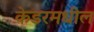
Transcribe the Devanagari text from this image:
केडरमधील